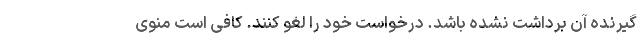
گیرنده آن برداشت ‌نشده باشد. درخواست خود را لغو کنند. کافی است منوی